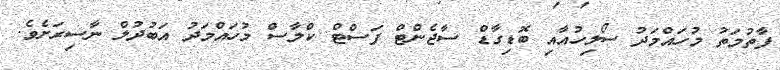
ފާތުމަތު މުހައްމަދު ސޯލިހުއާއި ބޮޑިގާޑް ސާޖެންޓް ފަސްޓް ކްލާސް މުހައްމަދު އަބުދުލް ނާސިރަށެވެ.